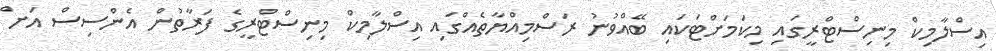
އިސްލާމިކް މިނިސްޓްރީގައި މިކަމަށްޓަކައި ބޭއްވުނު ރަސްމިއްޔާތެއްގައި އިސްލާމިކް މިނިސްޓްރީގެ ފަރާތުން އެންސިސް އަށް